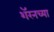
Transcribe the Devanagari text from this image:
शॅरनच्या